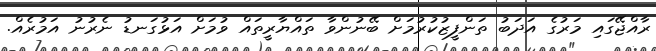
ރާއްޖޭގައި މަރުގެ އަދަބު ތަންފީޒުކުރުމަށް ބޭނުންވާ ތައްޔާރީތައް ވުމަށް އަޅުގަނޑު ނެރުނު އަމުރެއް.